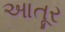
આતૂર